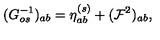
( G _ { o s } ^ { - 1 } ) _ { a b } = \eta _ { a b } ^ { ( s ) } + ( { \cal F } ^ { 2 } ) _ { a b } ,